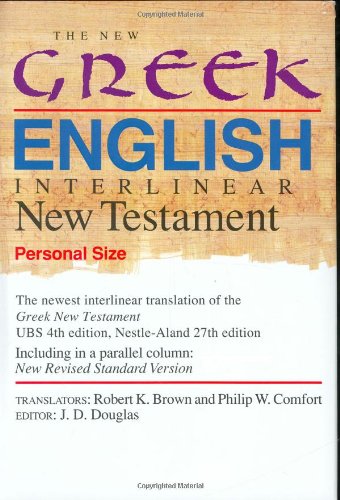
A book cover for The New Greek-English Interlinear New Testament (Personal Size); Christian Books & Bibles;